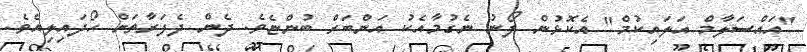
"އައްސަލާމް އަލައިކުމް" އެކޮޅުން ފޯނު ނެގުމާއެކު އަންބަރް ބުންޏެވެ. ދެން ދެފަރާތަށް ހޯދައިލިއެވެ.